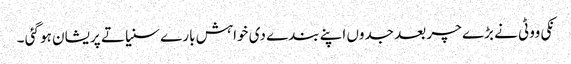
نکی ووٹی نے بڑے چر بعد جدوں اپنے بندے دی خواہش بارے سنیا تے پریشان ہو گئی ۔